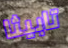
تابيثا